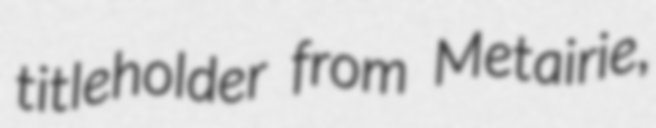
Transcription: titleholder from Metairie,